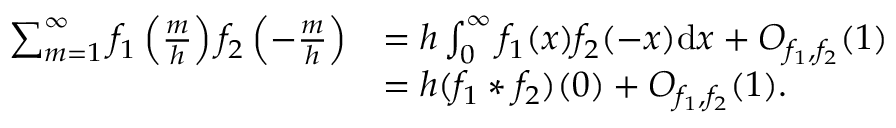
\begin{array} { r l } { \sum _ { m = 1 } ^ { \infty } f _ { 1 } \left( \frac { m } { h } \right) f _ { 2 } \left( - \frac m h \right) } & { = h \int _ { 0 } ^ { \infty } f _ { 1 } ( x ) f _ { 2 } ( - x ) \mathrm { d } x + O _ { f _ { 1 } , f _ { 2 } } ( 1 ) } \\ & { = h ( f _ { 1 } \ast f _ { 2 } ) ( 0 ) + O _ { f _ { 1 } , f _ { 2 } } ( 1 ) . } \end{array}